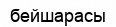
бейшарасы